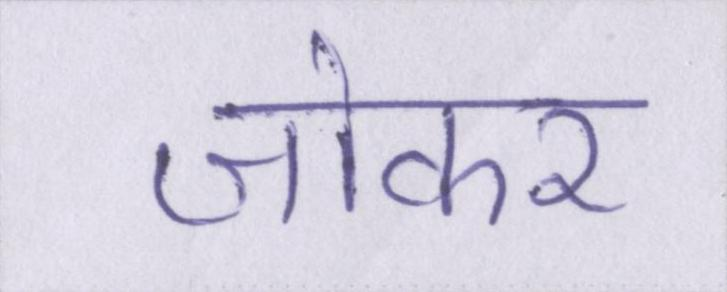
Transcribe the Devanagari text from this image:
जोकर